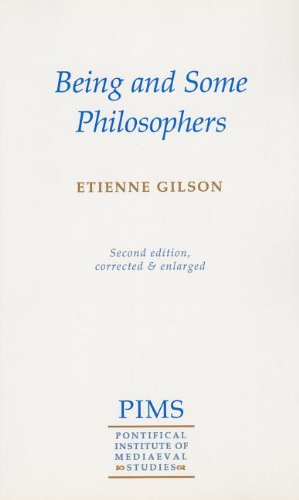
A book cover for Being and Some Philosophers; Etienne Gilson; Biographies & Memoirs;